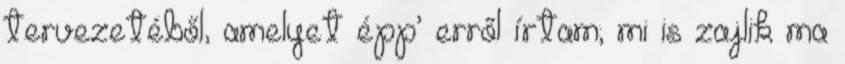
tervezetéből, ame­lyet épp’ erről írtam; mi is zaj­lik ma